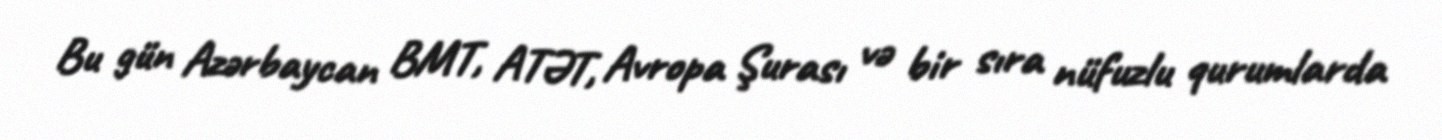
Bu gün Azərbaycan BMT, ATƏT, Avropa Şurası və bir sıra nüfuzlu qurumlarda